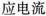
应电流